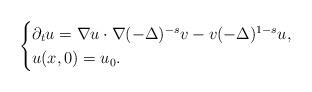
LaTeX: \begin{align*}\begin{cases}\partial_t{u}=\nabla u\cdot \nabla(-\Delta)^{-s}v-v(-\Delta)^{1-s}u,\\u(x,0)=u_{0}.\end{cases}\end{align*}